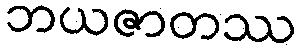
ဘယဇာတဿ